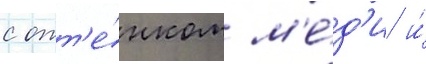
с отт'е́нком м'е́д'и и́